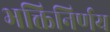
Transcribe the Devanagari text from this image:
भक्तिनिर्णय